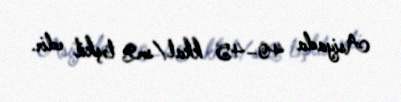
Asiyada 40–45 kkal/sm2 təşkil edir.